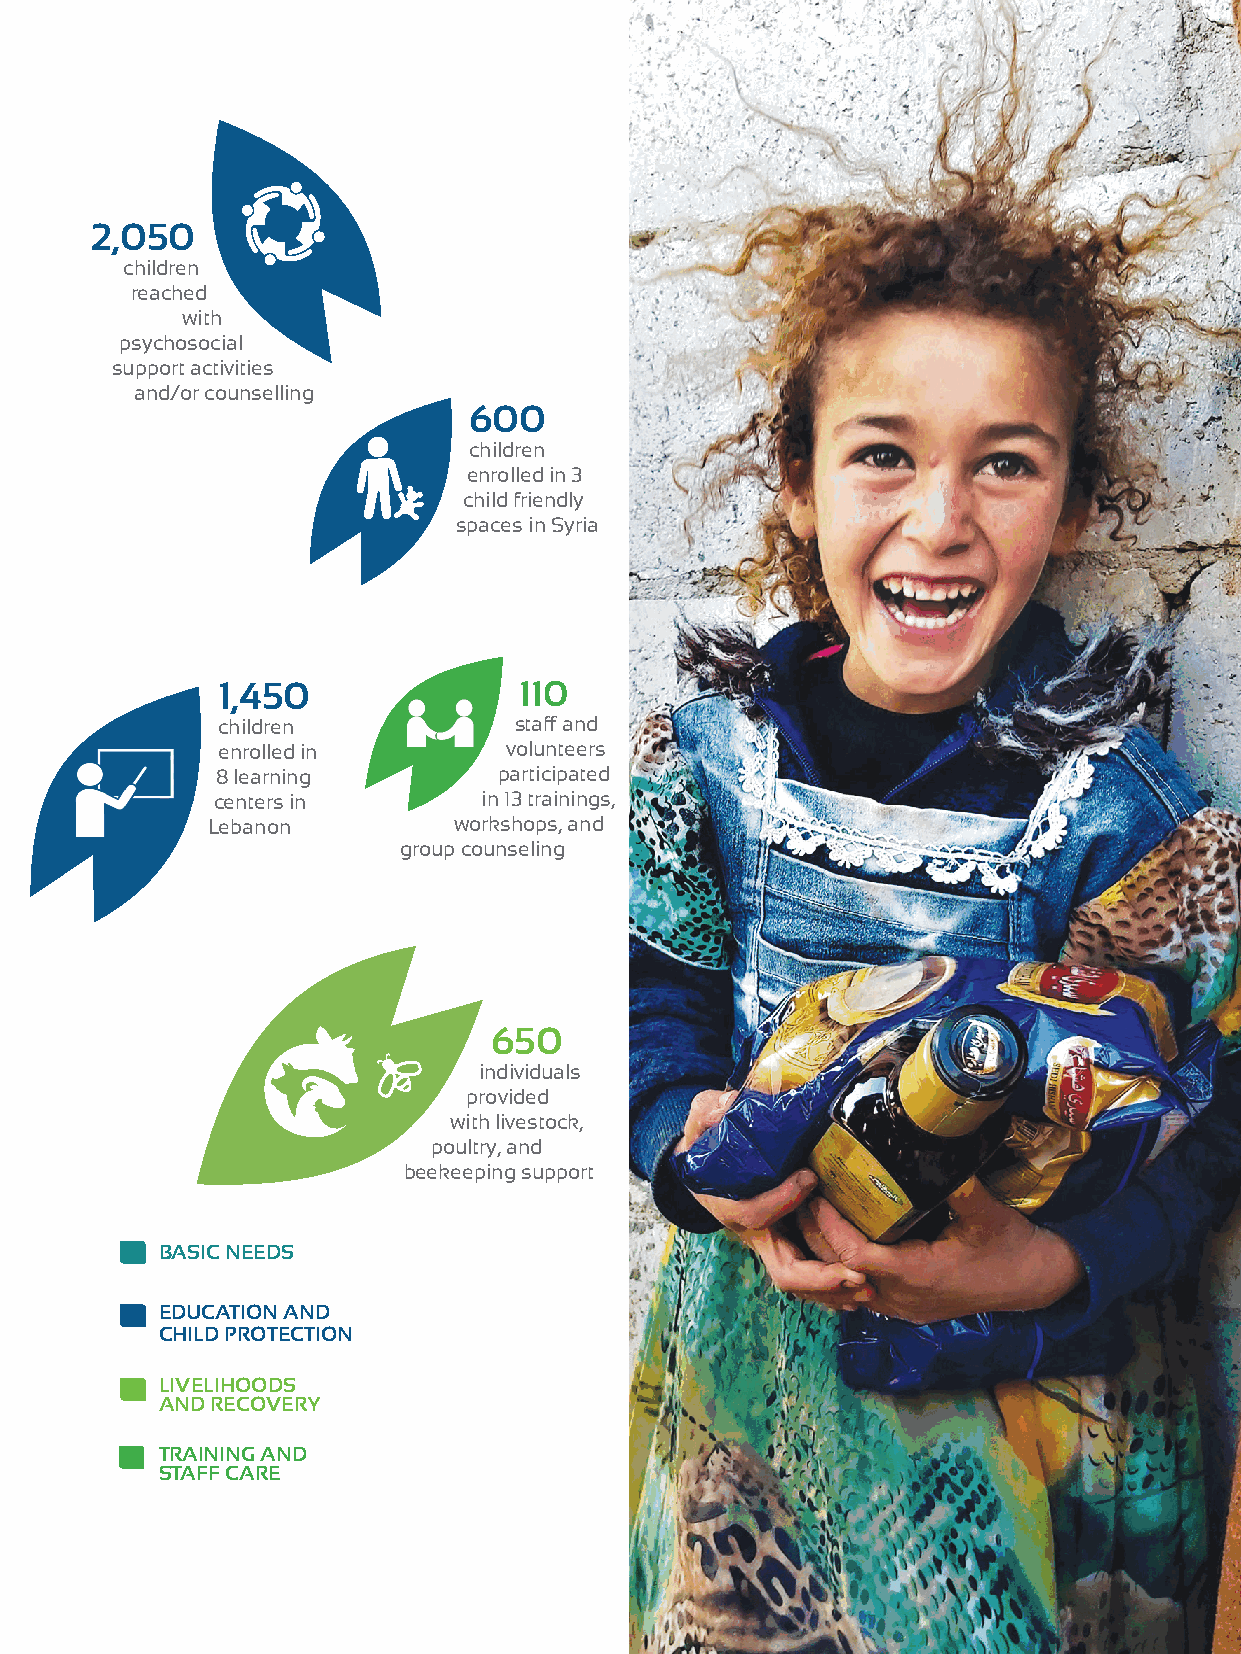
2,050
 children
 reached
 with
 psychosocial
 support activities
 and/or counselling
 600
 children
 enrolled in 3
 child friendly
 spaces in Syria
 1,450               110
 children            staff and
 enrolled in        volunteers
 8 learning         participated
 centers in        in 13 trainings,
 Lebanon         workshops, and
 group counseling
 650
 individuals
 provided
 with livestock,
 poultry, and
 beekeeping support
 BASIC NEEDS
 EDUCATION AND
 CHILD PROTECTION
 LIVELIHOODS
 AND RECOVERY
 TRAINING AND
 STAFF CARE
 5